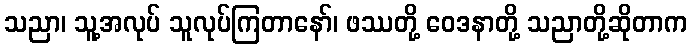
သညာ၊ သူ့အလုပ် သူလုပ်ကြတာနော်၊ ဖဿတို့ ဝေဒနာတို့ သညာတို့ဆိုတာက